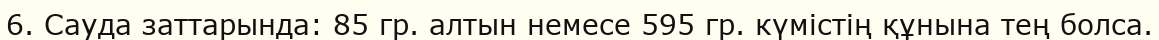
6. Сауда заттарында: 85 гр. алтын немесе 595 гр. күмістің құнына тең болса.